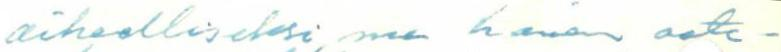
aiheelliseksi, me hänen aate-